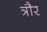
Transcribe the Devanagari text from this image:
त्रौर